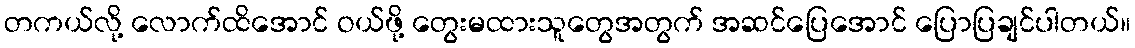
တကယ်လို့ လောက်ထိအောင် ဝယ်ဖို့ တွေးမထားသူတွေအတွက် အဆင်ပြေအောင် ပြောပြချင်ပါတယ်။